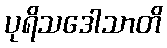
ပုရိသဒေါသာတိ